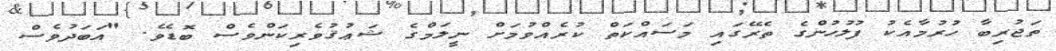
ތަޖުރިބާ ހުރުމާއެކު ފުލުހުންގެ ތެރޭގައި މަސައްކަތް ކުރެއްވުމަށް ނީލަމްގެ ޝަޢުޤުވެރިކަންވެސް ބޮޑެވެ. "އަބަދުވެސް